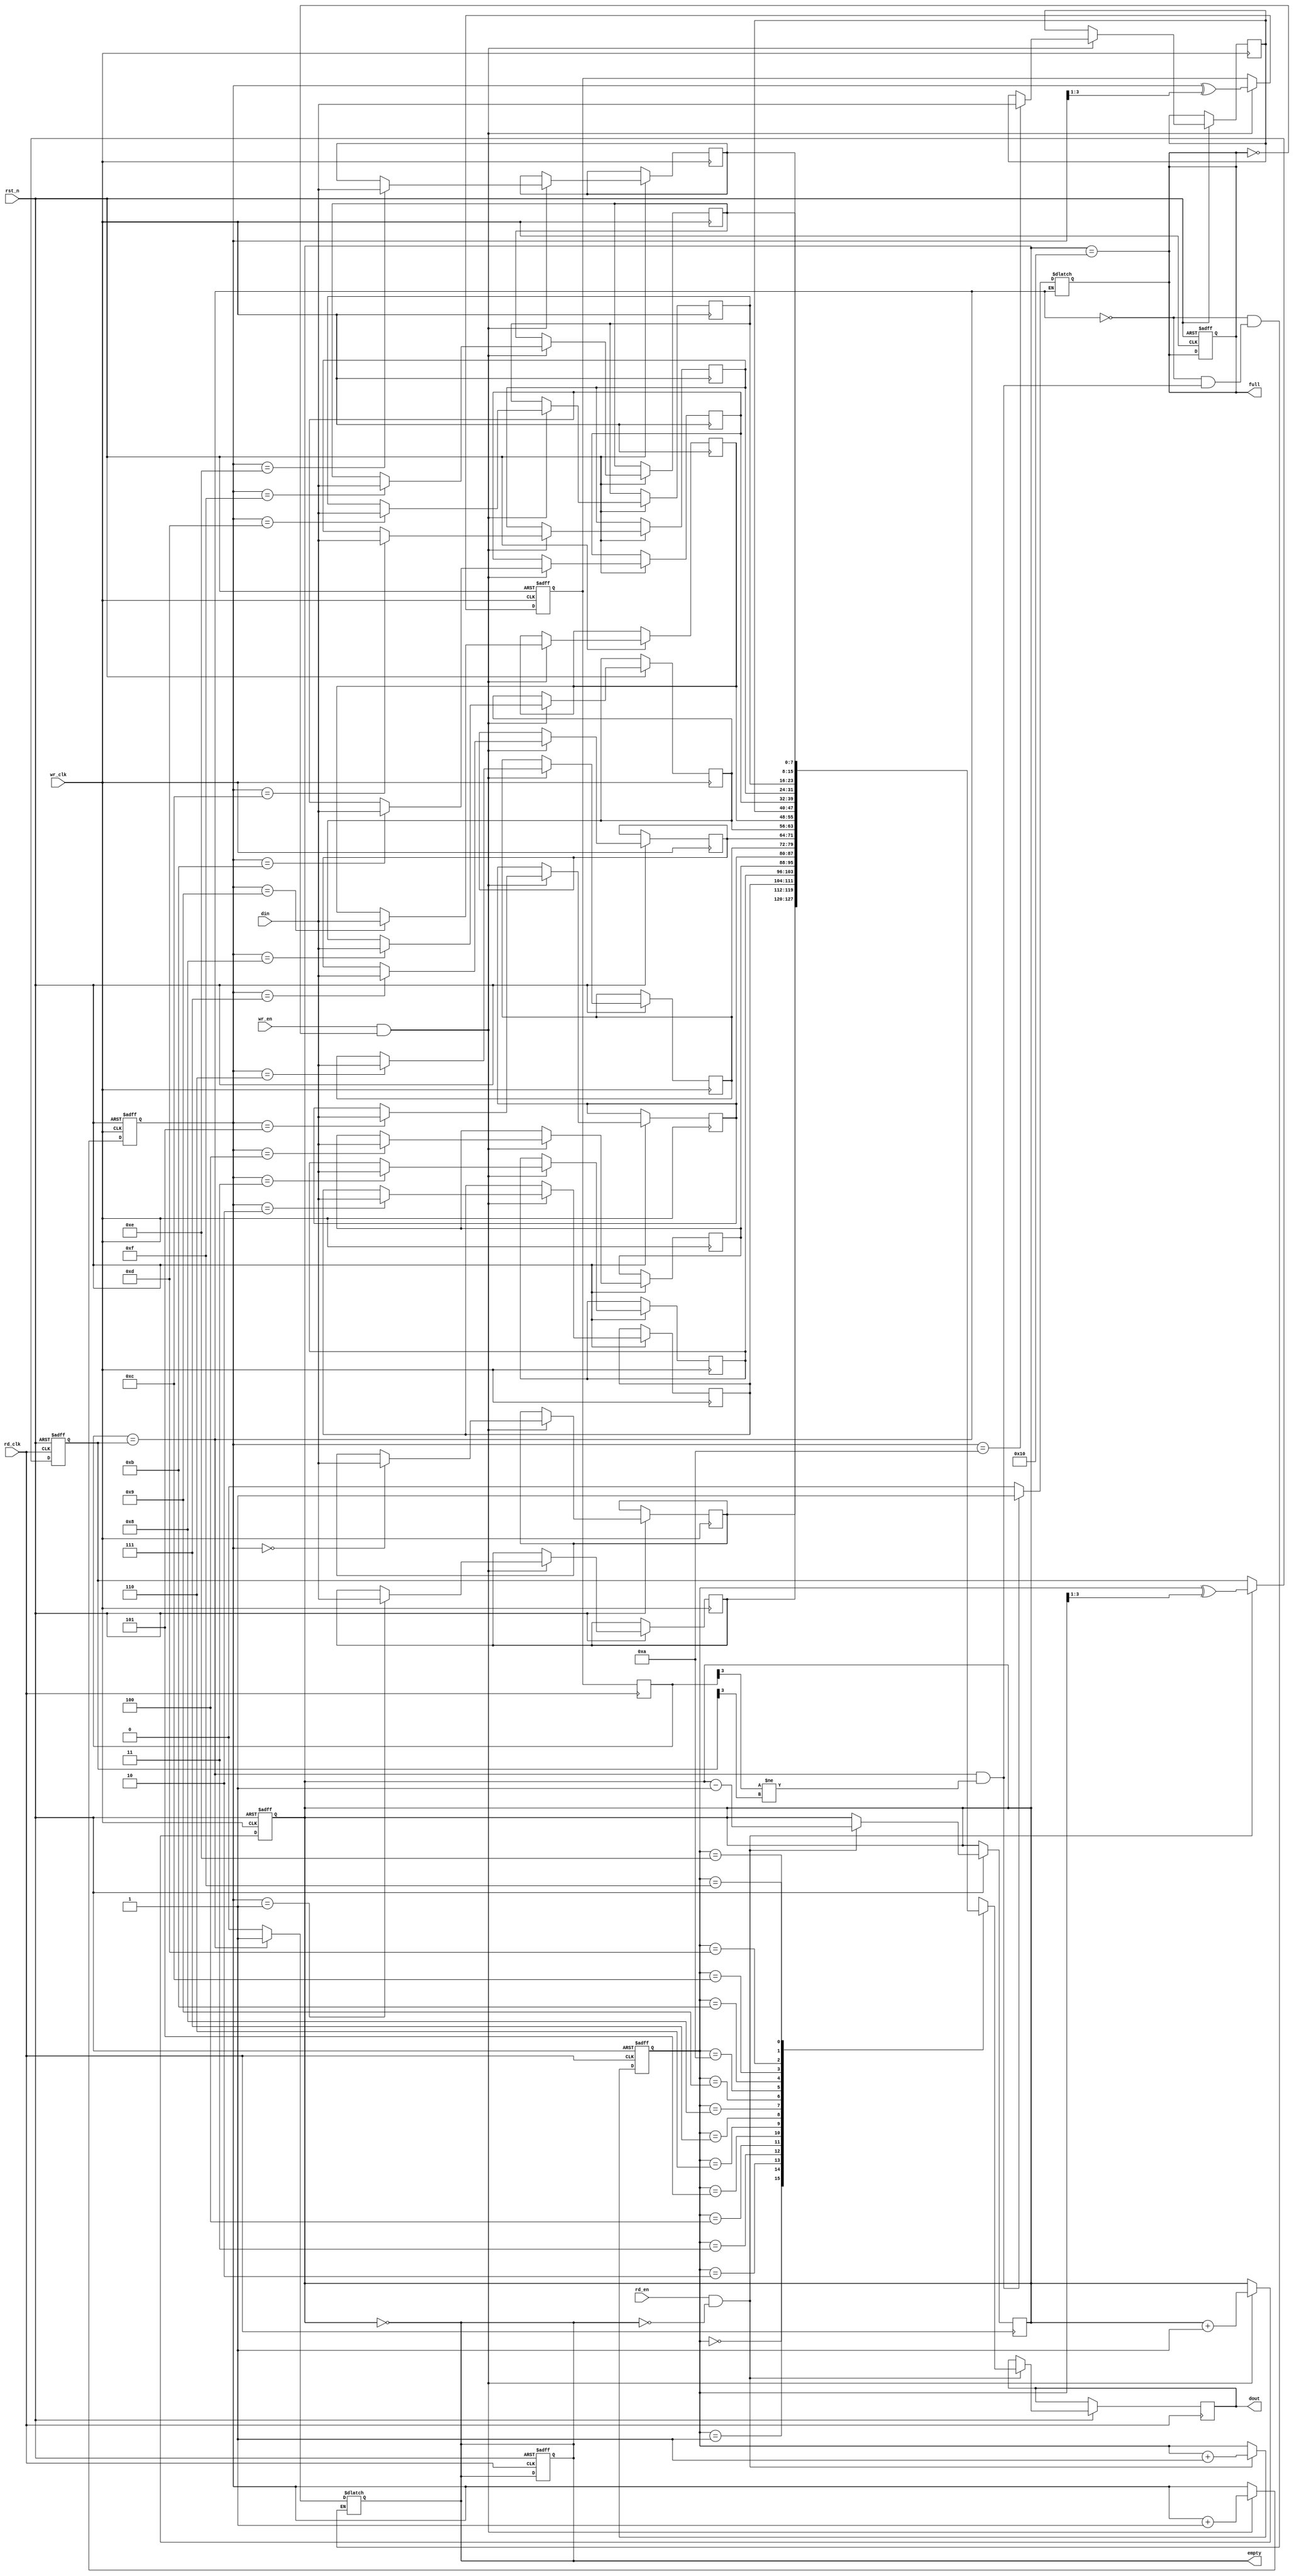
module async_fifo #(
    parameter DATA_WIDTH = 8,  // Width of the data
    parameter FIFO_DEPTH = 16   // Depth of the FIFO (must be a power of 2)
) (
    input wire wr_clk,          // Write clock
    input wire rd_clk,          // Read clock
    input wire rst_n,           // Active low reset
    input wire wr_en,           // Write enable
    input wire rd_en,           // Read enable
    input wire [DATA_WIDTH-1:0] din, // Data input
    output reg [DATA_WIDTH-1:0] dout, // Data output
    output reg full,            // FIFO full flag
    output reg empty            // FIFO empty flag
);

    // Memory array
    reg [DATA_WIDTH-1:0] fifo_mem [0:FIFO_DEPTH-1];

    // Write and read pointers
    reg [3:0] wr_ptr; // Pointer for writing
    reg [3:0] rd_ptr; // Pointer for reading
    reg [3:0] wr_ptr_gray; // Gray code for write pointer
    reg [3:0] rd_ptr_gray; // Gray code for read pointer
    reg [3:0] wr_ptr_gray_sync; // Synchronized write pointer
    reg [3:0] rd_ptr_gray_sync; // Synchronized read pointer

    // FIFO status
    reg [4:0] fifo_count; // Count of items in FIFO

    // Asynchronous reset
    always @(posedge wr_clk or negedge rst_n) begin
        if (!rst_n) begin
            wr_ptr <= 0;
            wr_ptr_gray <= 0;
            fifo_count <= 0;
            full <= 0;
        end else if (wr_en && !full) begin
            fifo_mem[wr_ptr] <= din;
            wr_ptr <= wr_ptr + 1;
            wr_ptr_gray <= wr_ptr ^ (wr_ptr >> 1); // Convert to Gray code
            fifo_count <= fifo_count + 1;
        end
    end

    // Asynchronous reset for read pointer
    always @(posedge rd_clk or negedge rst_n) begin
        if (!rst_n) begin
            rd_ptr <= 0;
            rd_ptr_gray <= 0;
            empty <= 1;
        end else if (rd_en && !empty) begin
            dout <= fifo_mem[rd_ptr];
            rd_ptr <= rd_ptr + 1;
            rd_ptr_gray <= rd_ptr ^ (rd_ptr >> 1); // Convert to Gray code
            fifo_count <= fifo_count - 1;
        end
    end

    // Full and empty flag logic
    always @(*) begin
        full = (fifo_count == FIFO_DEPTH);
        empty = (fifo_count == 0);
    end

    // Synchronizing the write pointer to the read clock domain
    always @(posedge rd_clk) begin
        wr_ptr_gray_sync <= wr_ptr_gray;
    end

    // Synchronizing the read pointer to the write clock domain
    always @(posedge wr_clk) begin
        rd_ptr_gray_sync <= rd_ptr_gray;
    end

    // Gray code detection for full and empty conditions
    always @(*) begin
        if (wr_ptr_gray_sync == rd_ptr_gray) begin
            empty = 1;
        end else if ((wr_ptr_gray_sync[3:0] == rd_ptr_gray[3:0]) && (wr_ptr_gray_sync[3] != rd_ptr_gray[3])) begin
            full = 1;
        end else begin
            empty = 0;
            full = 0;
        end
    end

endmodule